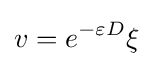
v=e^{-\varepsilon D}\xi